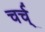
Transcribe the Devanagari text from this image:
चर्च्